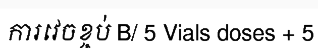
ការវេចខ្ចប់ B/ 5 Vials doses + 5